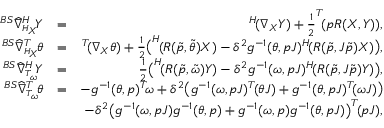
\begin{array} { r l r } { ^ { B S } \widehat { \nabla } _ { ^ { H } \! X } ^ { H } \! Y } & { = } & { ^ { H } \! ( \nabla _ { X } Y ) + \frac { 1 } { 2 } ^ { T } \! ( p R ( X , Y ) ) , } \\ { ^ { B S } \widehat { \nabla } _ { ^ { H } \! X } ^ { T } \! \theta } & { = } & { ^ { T } \! ( \nabla _ { X } \theta ) + \frac { 1 } { 2 } \big ( ^ { H } \! ( R ( \tilde { p } , \tilde { \theta } ) X ) - \delta ^ { 2 } g ^ { - 1 } ( \theta , p J ) ^ { H } \! ( R ( \tilde { p } , J \tilde { p } ) X ) \big ) , } \\ { ^ { B S } \widehat { \nabla } _ { ^ { T } \! \omega } ^ { H } \! Y } & { = } & { \frac { 1 } { 2 } \big ( ^ { H } \! ( R ( \tilde { p } , \tilde { \omega } ) Y ) - \delta ^ { 2 } g ^ { - 1 } ( \omega , p J ) ^ { H } \! ( R ( \tilde { p } , J \tilde { p } ) Y ) \big ) , } \\ { ^ { B S } \widehat { \nabla } _ { ^ { T } \! \omega } ^ { T } \! \theta } & { = } & { - g ^ { - 1 } ( \theta , p ) ^ { T } \! \omega + \delta ^ { 2 } \big ( g ^ { - 1 } ( \omega , p J ) ^ { T } \! ( \theta J ) + g ^ { - 1 } ( \theta , p J ) ^ { T } \! ( \omega J ) \big ) } \\ & { } & { - \delta ^ { 2 } \big ( g ^ { - 1 } ( \omega , p J ) g ^ { - 1 } ( \theta , p ) + g ^ { - 1 } ( \omega , p ) g ^ { - 1 } ( \theta , p J ) \big ) ^ { T } \! ( p J ) , } \end{array}